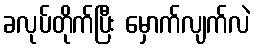
ခလုပ်တိုက်ပြီး မှောက်လျက်လဲ